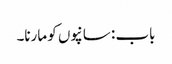
باب : سانپوں کو مارنا۔